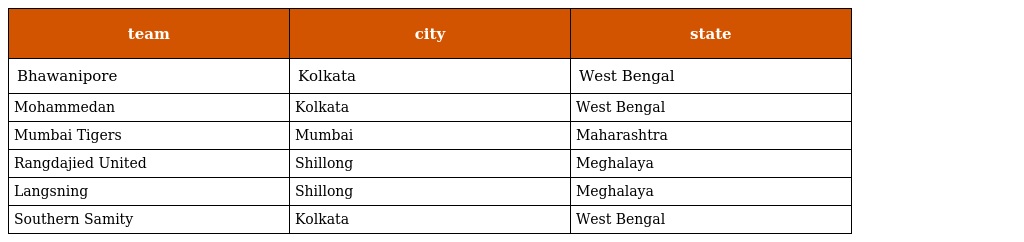
| team | city | state |
 | --- | --- | --- |
 | Bhawanipore | Kolkata | West Bengal |
 | Mohammedan | Kolkata | West Bengal |
 | Mumbai Tigers | Mumbai | Maharashtra |
 | Rangdajied United | Shillong | Meghalaya |
 | Langsning | Shillong | Meghalaya |
 | Southern Samity | Kolkata | West Bengal |